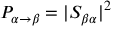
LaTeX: P _ { \alpha \to \beta } = | S _ { \beta \alpha } | ^ { 2 }